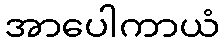
အာပေါကာယံ